Black-water fever - Number 35
Disease focus: Fever
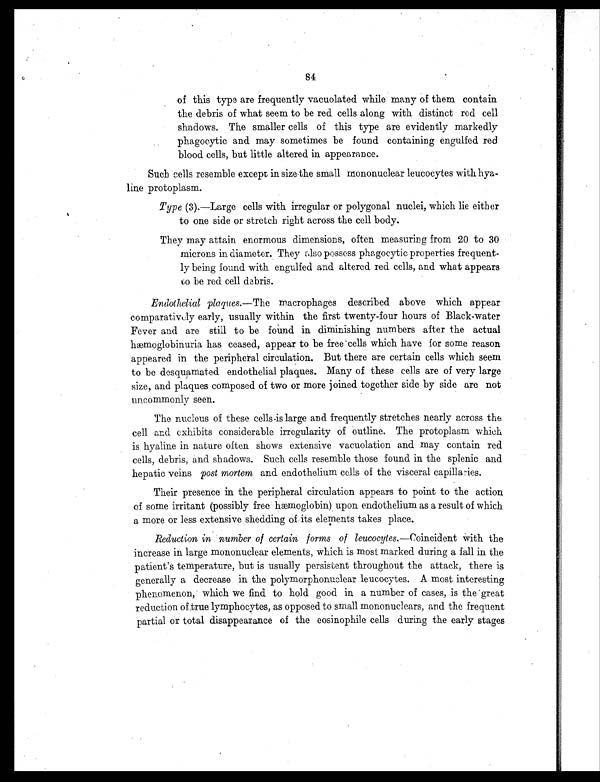
84
of this type are frequently vacuolated while many of them contain
the debris of what seem to be red cells along with distinct red cell
shadows. The smaller cells of this type are evidently markedly
phagocytic and may sometimes be found containing engulfed red
blood cells, but little altered in appearance.
Such cells resemble except in size the small mononuclear leucocytes with hya-
line protoplasm.
Type (3).—Large cells with irregular or polygonal nuclei, which lie either
to one side or stretch right across the cell body.
They may attain enormous dimensions, often measuring from 20 to 30
microns in diameter. They also possess phagocytic properties frequent-
ly being found with engulfed and altered red cells, and what appears
t o b e r e d c e l l d e b r i s .
Endothelial plaques. —The macrophages described above which appear
comparatively early, usually within the first twenty-four hours of Black-water
Fever and are still to be found in diminishing numbers after the actual
hæmoglobinuria has ceased, appear to be free cells which have for some reason
appeared in the peripheral circulation. But there are certain cells which seem
to be desquamated endothelial plaques. Many of these cells are of very large
size, and plaques composed of two or more joined together side by side are not
uncommonly seen.
The nucleus of these cells-is large and frequently stretches nearly across the
cell and exhibits considerable irregularity of outline. The protoplasm which
is hyaline in nature often shows extensive vacuolation and may contain red
cells, debris, and shadows. Such cells resemble those found in the splenic and
hepatic veins post mortem and endothelium cells of the visceral capillaries.
Their presence in the peripheral circulation appears to point to the action
of some irritant (possibly free hæmoglobin) upon endothelium as a result of which
a more or less extensive shedding of its elements takes place.
Reduction in number of certain forms of leucocytes. —Coincident with the
increase in large mononuclear elements, which is most marked during a fall in the
patient's temperature, but is usually persistent throughout the attack, there is
generally a decrease in the polymorphonuclear leucocytes. A most interesting
phenomenon, which we find to hold good in a number of cases, is the great
reduction of true lymphocytes, as opposed to small mononuclears, and the frequent
partial or total disappearance of the eosinophile cells during the early stages